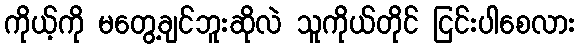
ကိုယ့်ကို မတွေ့ချင်ဘူးဆိုလဲ သူကိုယ်တိုင် ငြင်းပါစေလား